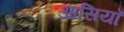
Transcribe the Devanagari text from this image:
आसियाँ